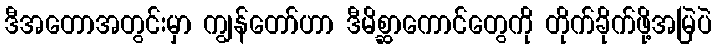
ဒီအတောအတွင်းမှာ ကျွန်တော်ဟာ ဒီမိစ္ဆာကောင်တွေကို တိုက်ခိုက်ဖို့အမြဲပဲ